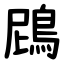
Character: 䲿